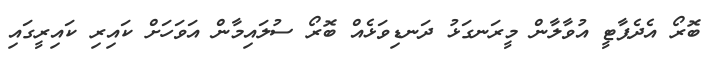
ބޮރޯ އެދެޕާޓީ އުވާލާން މީރަނގަޅު ދަނޑިވަޅެއް ބޮރޯ ސުލައިމާން އަވަހަށް ކައިރި ކައިރީގައި